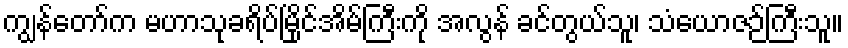
ကျွန်တော်က မဟာသုခရိပ်မြိုင်အိမ်ကြီးကို အလွန် ခင်တွယ်သူ၊ သံယောဇဉ်ကြီးသူ။